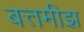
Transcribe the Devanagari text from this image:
बत्तमीझ